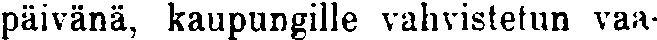
päivänä, kaupungille vahvistetun vaa-